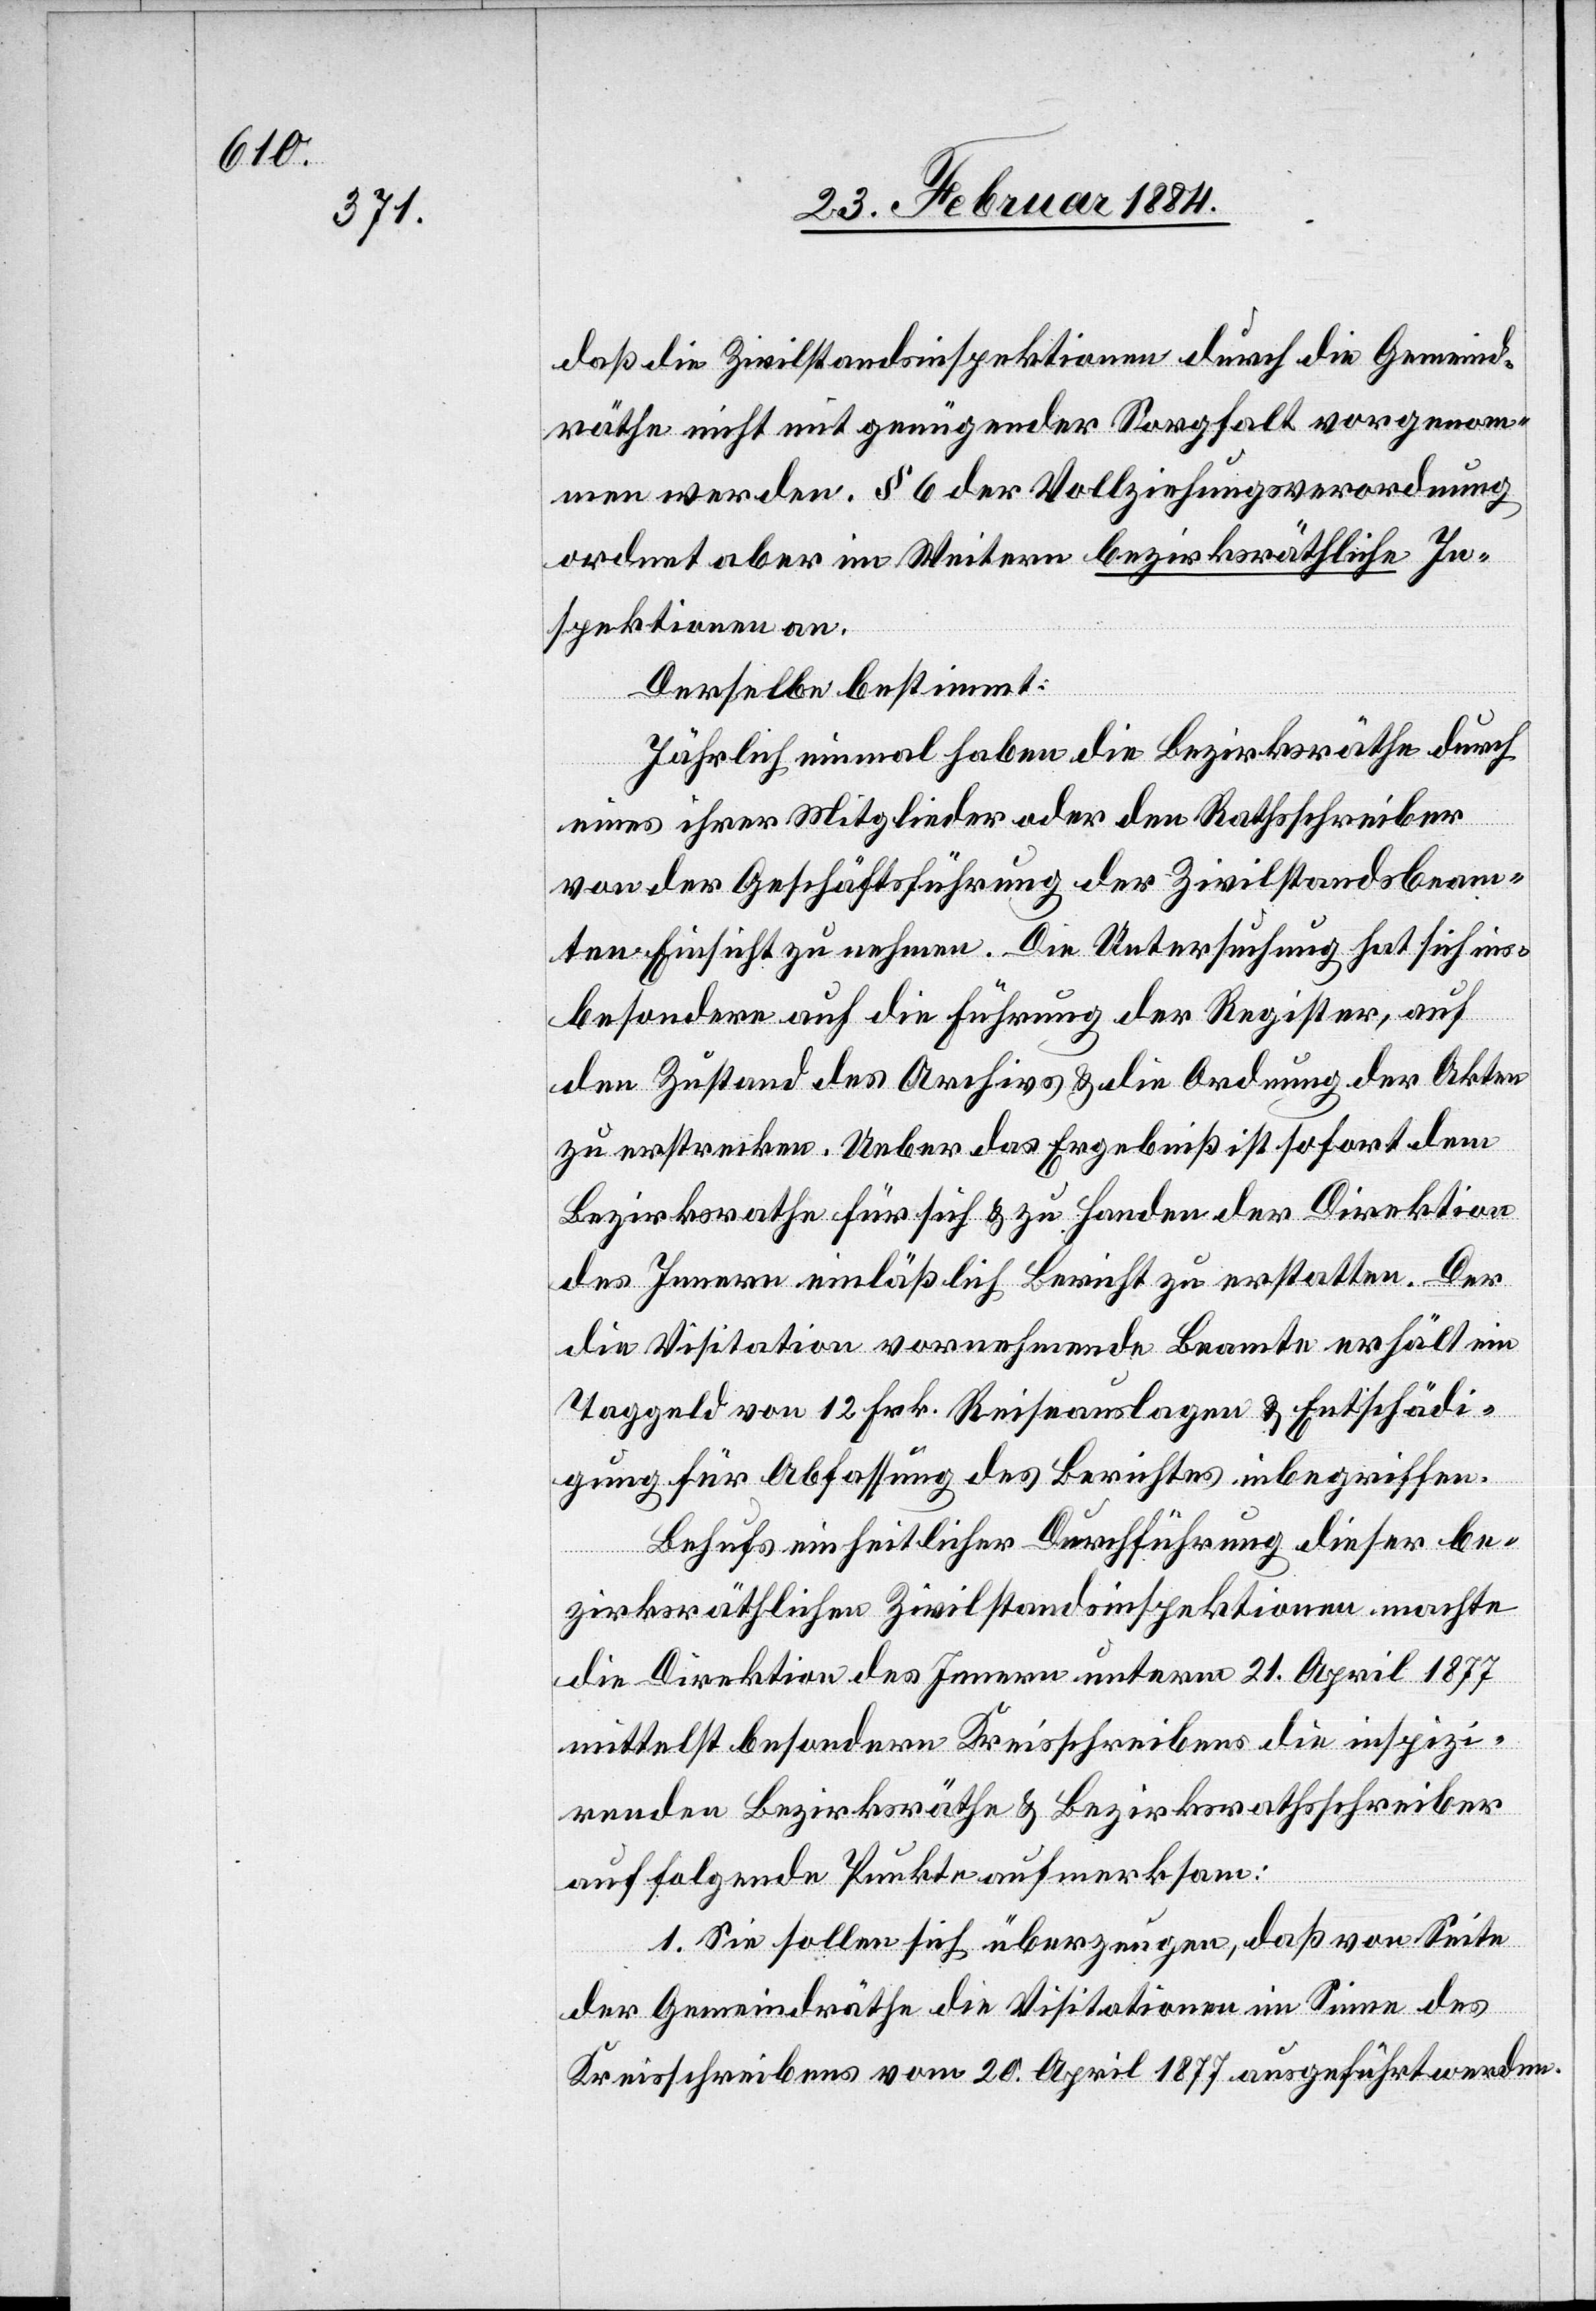
daß die Zivilstandsinspektionen durch die Gemeind¬
räthe nicht mit genügender Sorgfalt vorgenom¬
men werden. § 6 der Vollziehungsverordnung
ordnet aber im Weitern bezirksräthliche In¬
spektionen an.
Derselbe bestimmt:
Jährlich einmal haben die Bezirksräthe durch
eines ihrer Mitglieder oder den Rathsschreiber
von der Geschäftsführung der Zivilstandsbeam¬
ten Einsicht zu nehmen. Die Untersuchung hat sich ins¬
besondere auf die Führung der Register, auf
den Zustand des Archivs & die Ordnung der Akten
zu erstrecken. Ueber das Ergebniß ist sofort dem
Bezirksrathe für sich & zu Handen der Direktion
des Innern einläßlich Bericht zu erstatten. Der
die Visitation vornehmende Beamte erhält ein
Taggeld von 12 Frk. Reiseauslagen & Entschädi¬
gung für Abfassung des Berichtes inbegriffen.
Behufs einheitlicher Durchführung dieser be¬
zirksräthlichen Zivilstandsinspektionen machte
die Direktion des Innern unterm 21. April 1877
mittelst besondern Kreisschreibens die inspizi¬
renden Bezirksräthe & Bezirksrathsschreiber
auf folgende Punkte aufmerksam:
1. Sie sollten sich überzeugen, daß von Seite
der Gemeindräthe die Visitationen im Sinne des
Kreisschreibens vom 20. April 1877 ausgeführt werden.